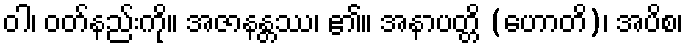
ဝါ၊ ဝတ်နည်းကို။ အဇာနန္တဿ၊ ၏။ အနာပတ္တိ (ဟောတိ)၊ အပိစ၊